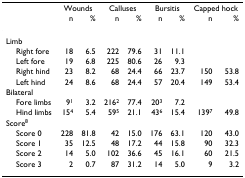
|  | <COLSPAN=2> Wounds | <COLSPAN=2> Calluses | <COLSPAN=2> Bursitis | <COLSPAN=2> Capped hock |
 |  | n | % | n | % | n | % | n | % |
 | --- | --- | --- | --- | --- | --- | --- | --- | --- |
 | Limb |  |  |  |  |  |  |  |  |
 | Right fore | 18 | 6.5 | 222 | 79.6 | 31 | 11.1 |  |  |
 | Left fore | 19 | 6.8 | 225 | 80.6 | 26 | 9.3 |  |  |
 | Right hind | 23 | 8.2 | 68 | 24.4 | 66 | 23.7 | 150 | 53.8 |
 | Left hind | 24 | 8.6 | 68 | 24.4 | 57 | 20.4 | 149 | 53.4 |
 | Bilateral |  |  |  |  |  |  |  |  |
 | Fore limbs | 91 | 3.2 | 2162 | 77.4 | 203 | 7.2 |  |  |
 | Hind limbs | 154 | 5.4 | 595 | 21.1 | 436 | 15.4 | 1397 | 49.8 |
 | Score8 |  |  |  |  |  |  |  |  |
 | Score 0 | 228 | 81.8 | 42 | 15.0 | 176 | 63.1 | 120 | 43.0 |
 | Score 1 | 35 | 12.5 | 48 | 17.2 | 44 | 15.8 | 90 | 32.3 |
 | Score 2 | 14 | 5.0 | 102 | 36.6 | 45 | 16.1 | 60 | 21.5 |
 | Score 3 | 2 | 0.7 | 87 | 31.2 | 14 | 5.0 | 9 | 3.2 |